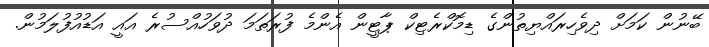
ބޭނުން ކަމަށް ދިވެހިރައްޔިތުންގެ ޑިމޮކްރެޓިކް ޕާޓީން އެންމެ ފުރަތަމަ ދުވަހުއްސުރެ އައީ އަޑުއުފުލަމުން.